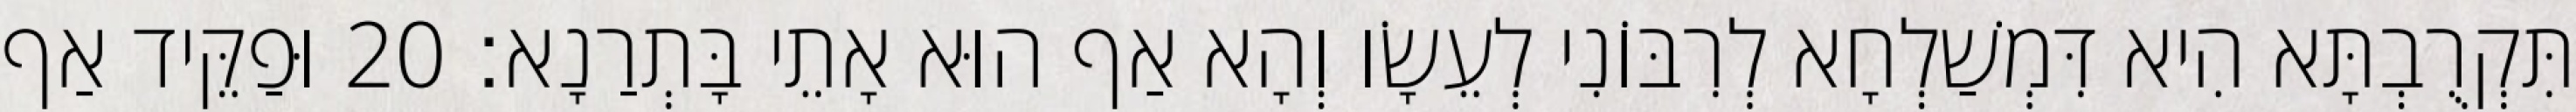
תִּקְרֻבְתָּא הִיא דִּמְשַׁלְחָא לְרִבּוֹנִי לְעֵשָׂו וְהָא אַף הוּא אָתֵי בָּתְרַנָא׃ 20 וּפַקֵּיד אַף